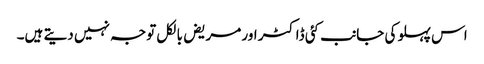
اس پہلو کی جانب کئی ڈاکٹر اور مریض بالکل توجہ نہیں دیتے ہیں۔